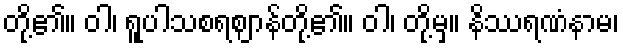
တို့၏။ ဝါ၊ ရူပါသစရဈာန်တို့၏။ ဝါ၊ တို့မှ။ နိဿရဏံနာမ၊